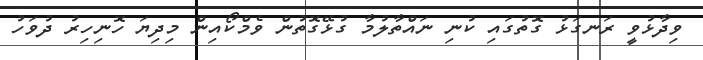
ވިދާޅުވީ ރަނގަޅު ގޮތުގައި ކުނި ނައްތާލުމާ ގުޅޭގޮތުން ވެމްކޯއިން މިދިޔަ ހޮނިހިރު ދުވަހު